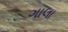
ગાલા